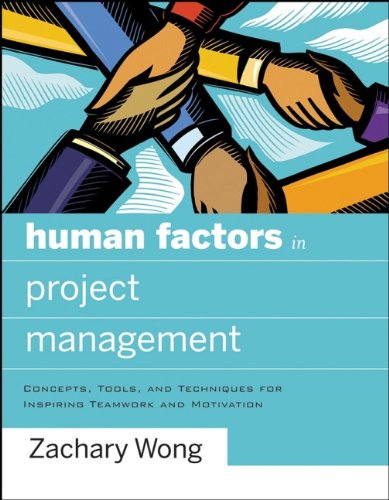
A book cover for Human Factors in Project Management: Concepts, Tools, and Techniques for Inspiring Teamwork and Motivation; Zachary Wong Ph. D; Business & Money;